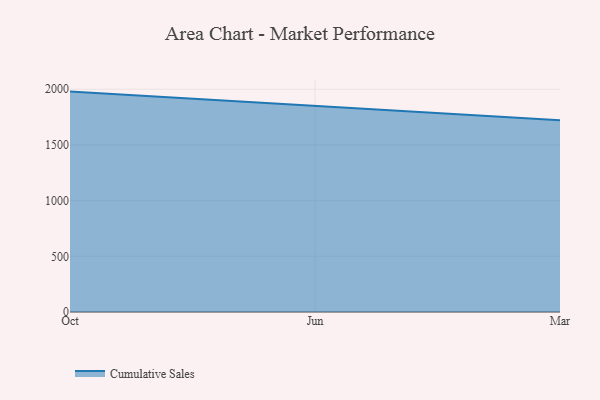
{"axis": {"x": "Month", "y": "Conversion Rate (%)"}, "legend": ["Cumulative Sales"], "data": [{"x": "Oct", "y": 1979.2, "type": "Cumulative Sales"}, {"x": "Jun", "y": 1852.1, "type": "Cumulative Sales"}, {"x": "Mar", "y": 1722.1, "type": "Cumulative Sales"}]}